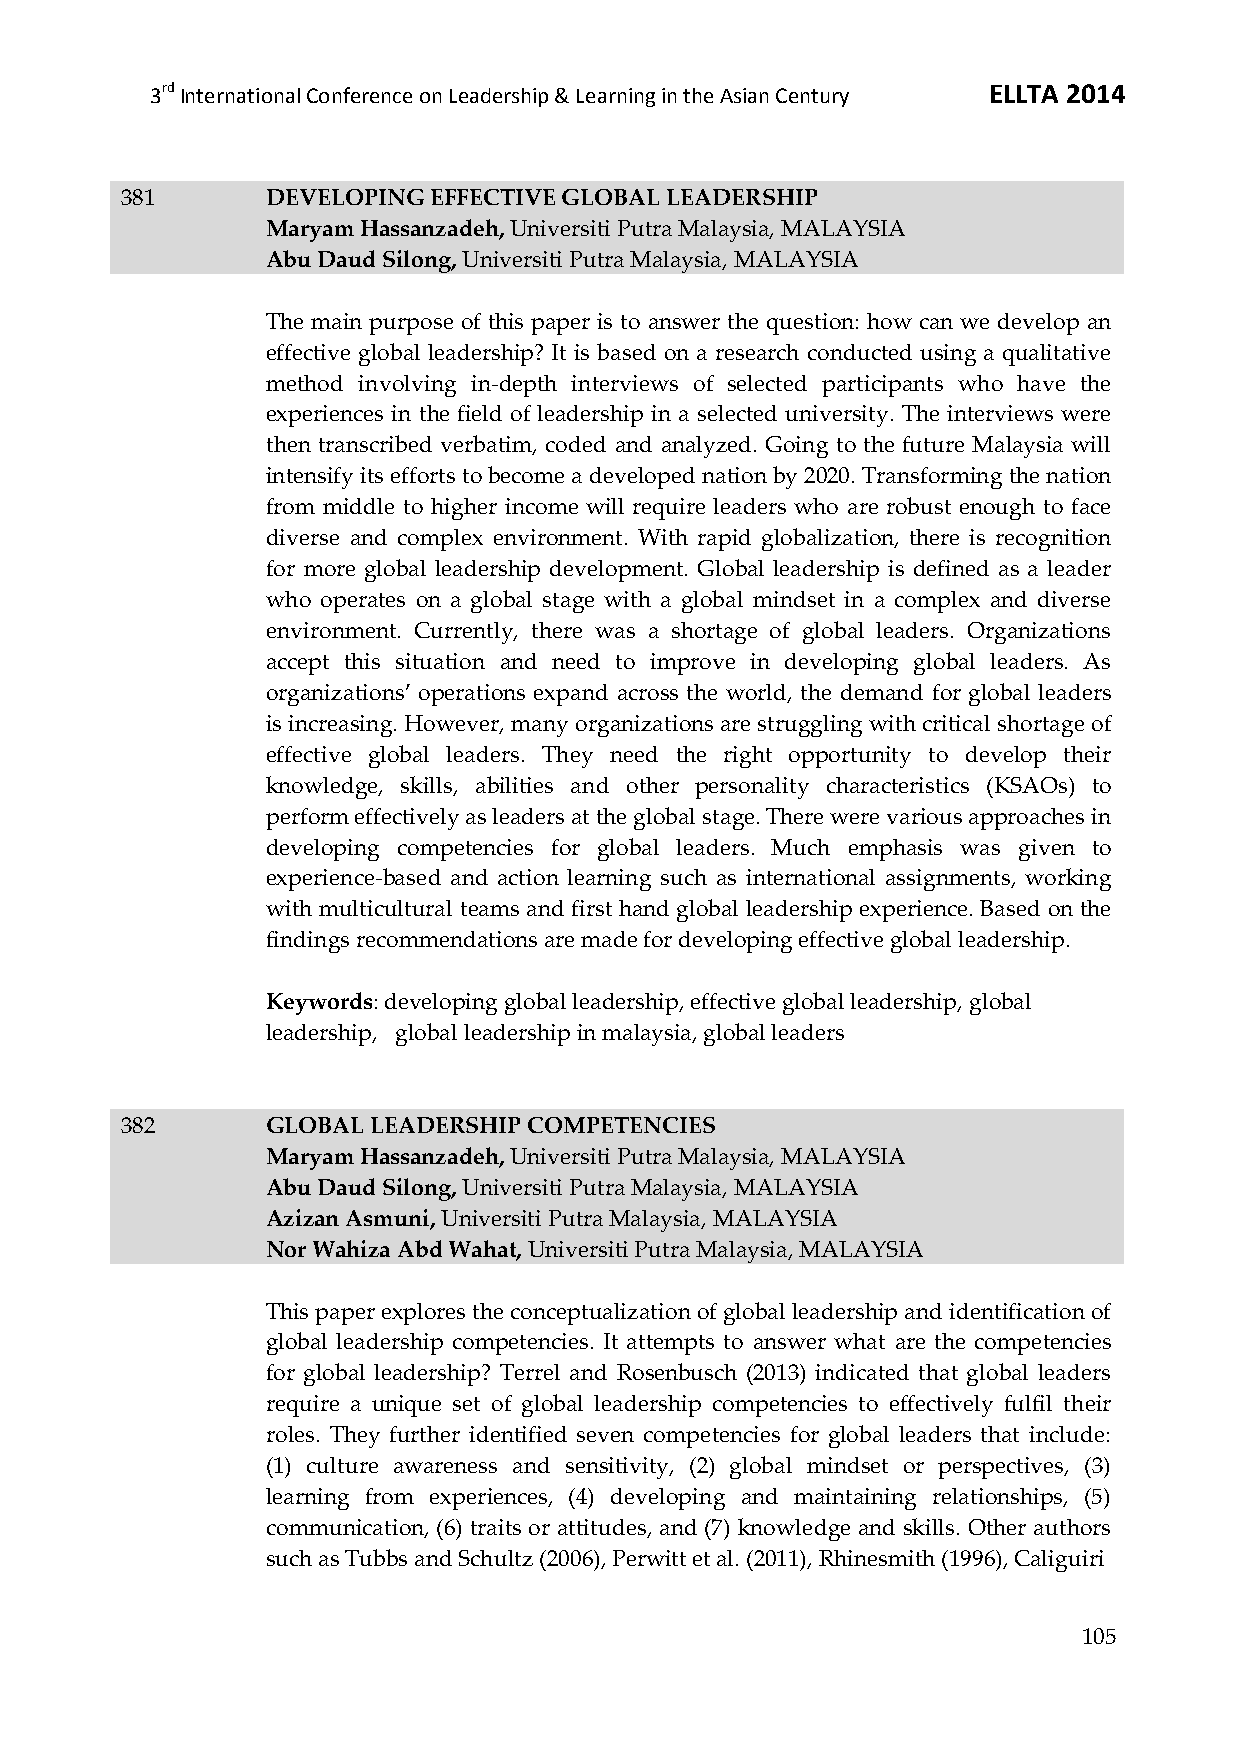
3rd International Conference on Leadership & Learning in the Asian Century ELLTA 2014
 381       DEVELOPING EFFECTIVE GLOBAL LEADERSHIP
 Maryam Hassanzadeh, Universiti Putra Malaysia, MALAYSIA
 Abu Daud Silong, Universiti Putra Malaysia, MALAYSIA
 The main purpose of this paper is to answer the question: how can we develop an
 effective global leadership? It is based on a research conducted using a qualitative
 method involving in-depth interviews of selected participants who have the
 experiences in the field of leadership in a selected university. The interviews were
 then transcribed verbatim, coded and analyzed. Going to the future Malaysia will
 intensify its efforts to become a developed nation by 2020. Transforming the nation
 from middle to higher income will require leaders who are robust enough to face
 diverse and complex environment. With rapid globalization, there is recognition
 for more global leadership development. Global leadership is defined as a leader
 who operates on a global stage with a global mindset in a complex and diverse
 environment. Currently, there was a shortage of global leaders. Organizations
 accept this situation and need to improve in developing global leaders. As
 organizations’ operations expand across the world, the demand for global leaders
 is increasing. However, many organizations are struggling with critical shortage of
 effective global leaders. They need the right opportunity to develop their
 knowledge, skills, abilities and other personality characteristics (KSAOs) to
 perform effectively as leaders at the global stage. There were various approaches in
 developing competencies for global leaders. Much emphasis was given to
 experience-based and action learning such as international assignments, working
 with multicultural teams and first hand global leadership experience. Based on the
 findings recommendations are made for developing effective global leadership.
 Keywords: developing global leadership, effective global leadership, global
 leadership, global leadership in malaysia, global leaders
 382       GLOBAL LEADERSHIP COMPETENCIES
 Maryam Hassanzadeh, Universiti Putra Malaysia, MALAYSIA
 Abu Daud Silong, Universiti Putra Malaysia, MALAYSIA
 Azizan Asmuni, Universiti Putra Malaysia, MALAYSIA
 Nor Wahiza Abd Wahat, Universiti Putra Malaysia, MALAYSIA
 This paper explores the conceptualization of global leadership and identification of
 global leadership competencies. It attempts to answer what are the competencies
 for global leadership? Terrel and Rosenbusch (2013) indicated that global leaders
 require a unique set of global leadership competencies to effectively fulfil their
 roles. They further identified seven competencies for global leaders that include:
 (1) culture awareness and sensitivity, (2) global mindset or perspectives, (3)
 learning from experiences, (4) developing and maintaining relationships, (5)
 communication, (6) traits or attitudes, and (7) knowledge and skills. Other authors
 such as Tubbs and Schultz (2006), Perwitt et al. (2011), Rhinesmith (1996), Caliguiri
 105